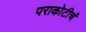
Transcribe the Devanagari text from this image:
पराकोटीचं